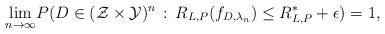
LaTeX: \begin{align*}\underset{n\rightarrow\infty}{\lim}P(D\in(\mathcal{Z\times\mathcal{Y}})^{n}\,:\,R_{L,P}(f_{D,\lambda_{n}})\leq R_{L,P}^{*}+\epsilon)=1,\end{align*}